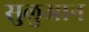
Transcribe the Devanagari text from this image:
सुलुआन